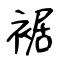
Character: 裾